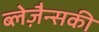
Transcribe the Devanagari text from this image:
ब्लेज़ैन्सकी